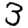
Digit: 3